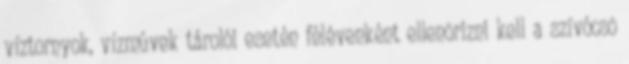
víztornyok, vízmûvek tárolói esetén félévenként ellenõrizni kell a szívócsõ